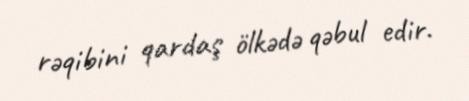
rəqibini qardaş ölkədə qəbul edir.